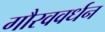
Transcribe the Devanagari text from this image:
गौरववर्धन